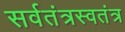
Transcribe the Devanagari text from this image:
सर्वतंत्रस्वतंत्र